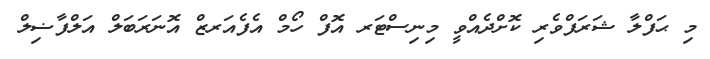
މި ޙަފްލާ ޝަރަފްވެރި ކޮށްދެއްވީ މިނިސްޓަރ އޮފް ހޯމް އެފެއަރޒް އޮނަރަބަލް އަލްފާޟިލް